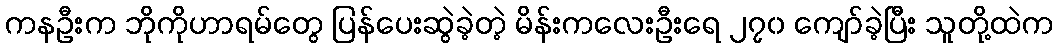
ကနဦးက ဘိုကိုဟာရမ်တွေ ပြန်ပေးဆွဲခဲ့တဲ့ မိန်းကလေးဦးရေ ၂၇၀ ကျော်ခဲ့ပြီး သူတို့ထဲက